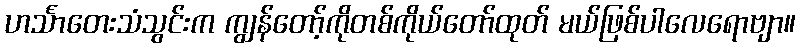
ဟင်္သာတေးသံသွင်းက ကျွန်တော့်ကိုတစ်ကိုယ်တော်ထုတ် မယ်ဖြစ်ပါလေရောဗျာ။